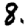
Digit: 8